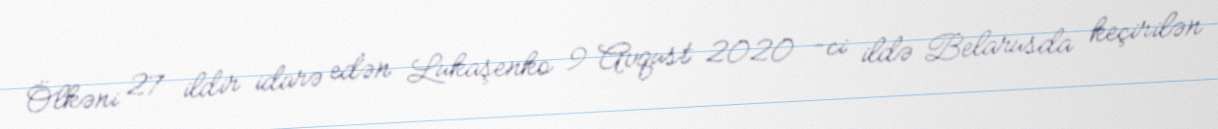
Ölkəni 27 ildir idarə edən Lukaşenko 9 Avqust 2020 -ci ildə Belarusda keçirilən